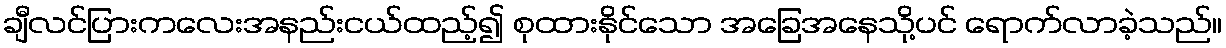
ချီလင်ပြားကလေးအနည်းငယ်ထည့်၍ စုထားနိုင်သော အခြေအနေသို့ပင် ရောက်လာခဲ့သည်။